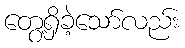
တွေ့ရှိခဲ့သော်လည်း